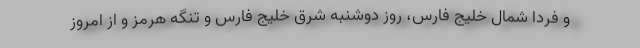
و فردا شمال خلیج فارس، روز دوشنبه شرق خلیج فارس و تنگه هرمز و از امروز